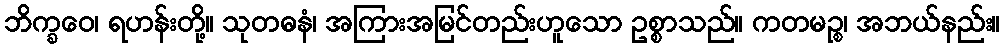
ဘိက္ခဝေ၊ ရဟန်းတို့။ သုတဓနံ၊ အကြားအမြင်တည်းဟူသော ဥစ္စာသည်။ ကတမဉ္စ၊ အဘယ်နည်း။